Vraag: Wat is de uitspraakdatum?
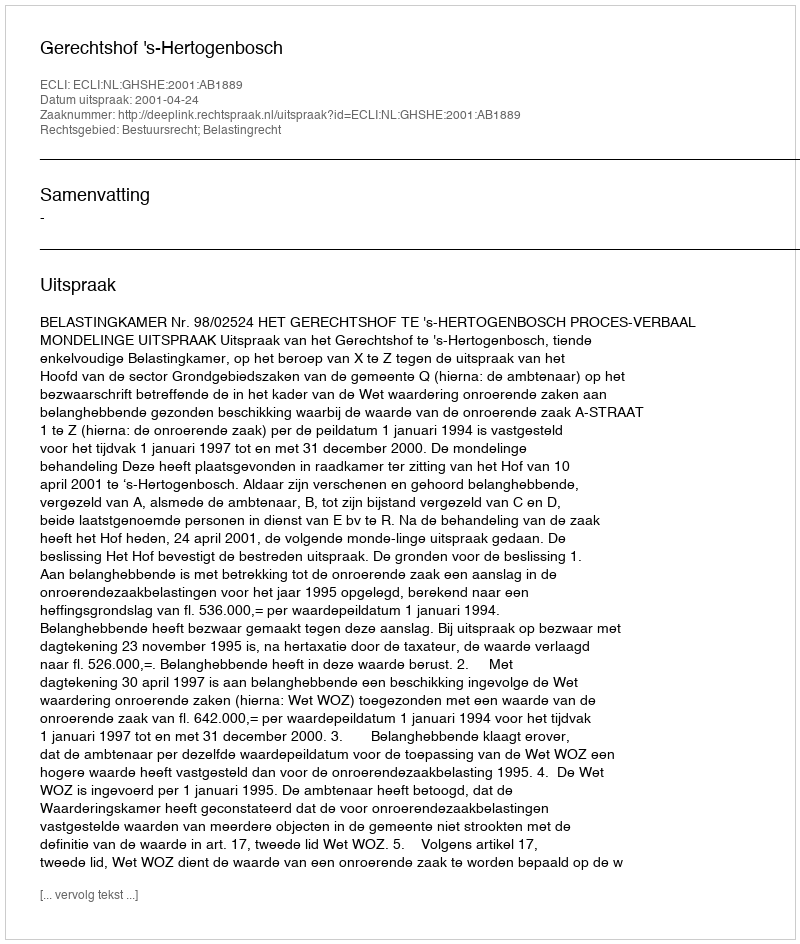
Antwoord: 2001-04-24